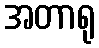
အတာရု